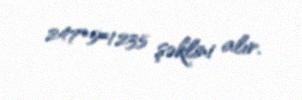
247*5=1235 şəklini alır.